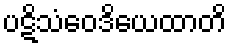
ပဋိသံဝေဒိယေထာတိ